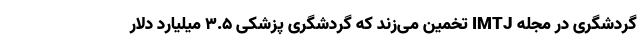
گردشگری در مجله IMTJ تخمین می‌زند که گردشگری پزشکی ۳.۵ میلیارد دلار